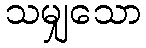
သမျှသော